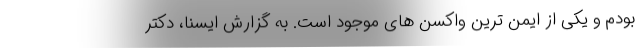
بودم و یکی از ایمن ترین واکسن های موجود است. به گزارش ایسنا، دکتر